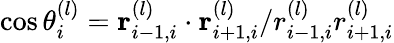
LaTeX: \cos\theta_{i}^{(l)}={\mathbf r}_{i-1,i}^{(l)}\cdot{\mathbf r}_{i+1,i}^{(l)}/r_{i-1,i}^{(l)}r_{i+1,i}^{(l)}